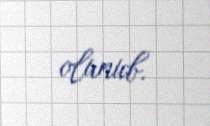
olunub.